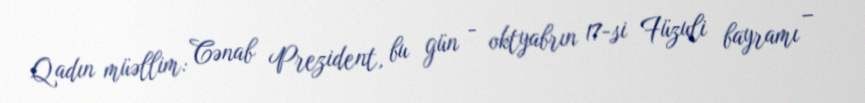
Qadın müəllim: Cənab Prezident, bu gün - oktyabrın 17-si Füzuli bayramı –